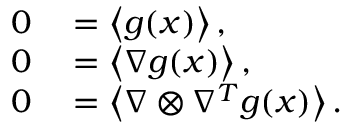
\begin{array} { r l } { 0 } & { { } = \left\langle g ( x ) \right\rangle , } \\ { 0 } & { { } = \left\langle \nabla g ( x ) \right\rangle , } \\ { 0 } & { { } = \left\langle \nabla \otimes \nabla ^ { T } g ( x ) \right\rangle . } \end{array}